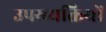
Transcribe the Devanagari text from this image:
उपय्व्यक्तियों